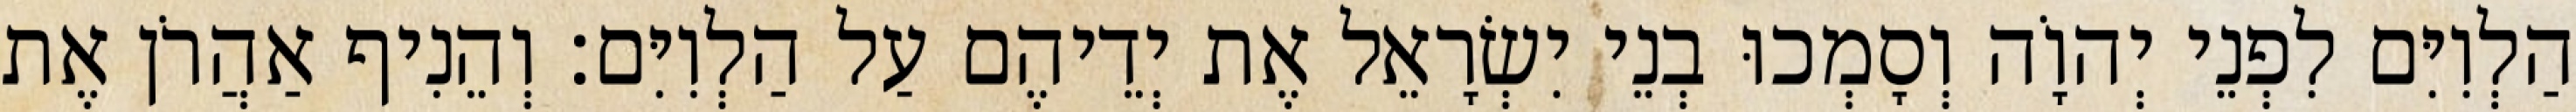
הַלְוִיִּם לִפְנֵי יְהוָֹה וְסָמְכוּ בְנֵי יִשְׂרָאֵל אֶת יְדֵיהֶם עַל הַלְוִיִּם׃ וְהֵנִיף אַהֲרֹן אֶת